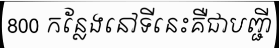
800 កន្លែងនៅទីនេះគឺជាបញ្ជី